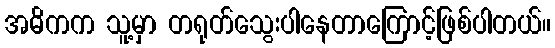
အဓိကက သူ့မှာ တရုတ်သွေးပါနေတာကြောင့်ဖြစ်ပါတယ်။